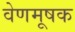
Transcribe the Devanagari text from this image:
वेणमूषक